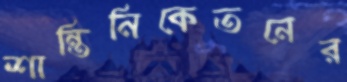
শান্তিনিকেতনের